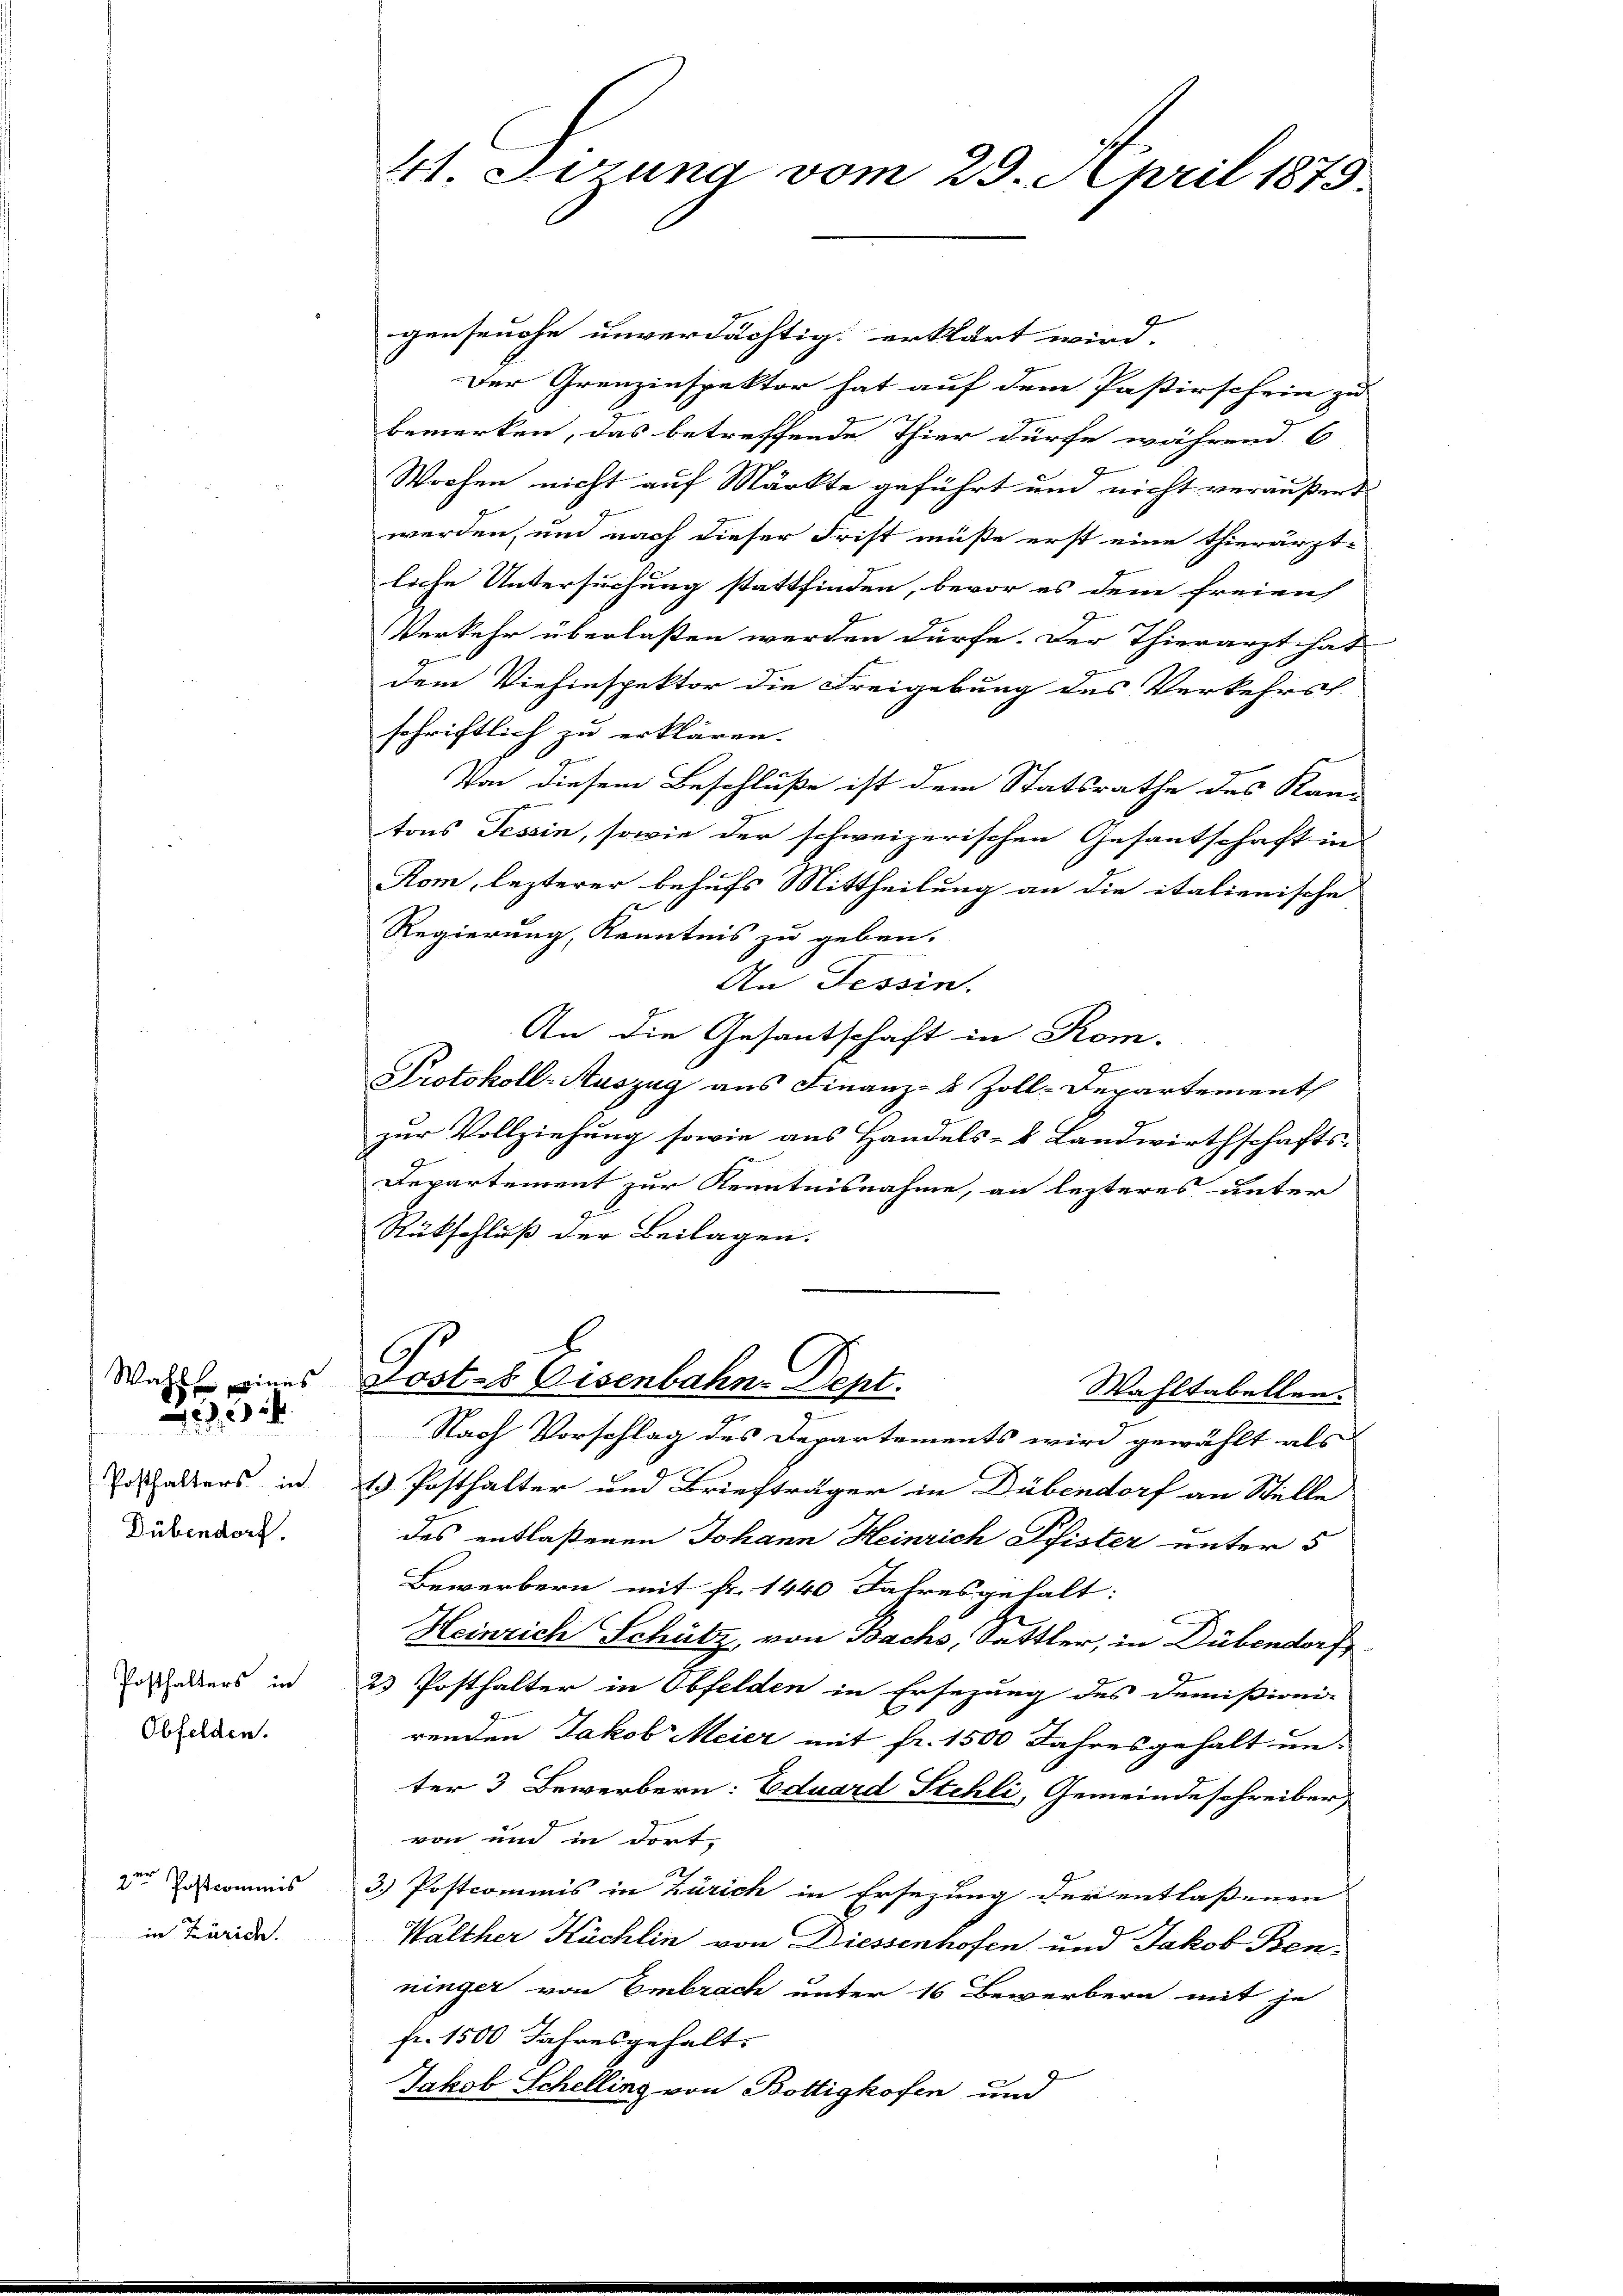
Posthalters in
Dübendorf.

223.

Posthalters in
Obfelden.

2ter Postcommis
in Zürich.

41. Leung vom 29. April 1875.

genseuche unverdächtig erklärt wird.
Der Grenzinspektor hat auf dem Pastirschein zu
bemerken, das betreffende Thier dürfe während. C
Wochen nicht auf Märkte geführt und nicht veräußert
werden, und nach dieser Frist müße erst eine thierärzt-
liche Untersuchung stattfinden, bevor es dem freien
Verkehr überlaßen werden dürfe. Der Thierarzt hat
dem Viehinspektor die Freigebung des Verkehrst.
schriftlich zu erklären.
Von diesem Beschluße ist dem Statsrathe des Kan-
tons Tessin, sowie der schweizerischen Gesantschaft in
Rom, lezterer behufs Mittheilung an die italienische
Regierung, Kenntnis zu geben.
An Tessin.
An die Gesantschaft in Kom-
Protokoll-Auszug aus Finanz- 8 Zoll-Departement
zur Vollziehung sowie aus Handels- & Landwirthschafts-
Departement zur Kenntnisnahme, an lezteres unter
Rückschluß der Beilagen.
War eines Posts Eisenbahn-Dept.
Wahltabellen.
Nach Vorschlag des Departements wird gewählt als
1) Posthalter und Briefträger in Dübendorf an Stelle
des entlaßenen Johann Heinrich Pfister unter 5
Bewerbern mit fr. 1440 Jahresgehalt:
Heinrich Schütz, von Bachs, Sattler, in Dübendorf
2 Posthalter in Obfelden in Ersezung des Demissioni-
renden Jakob Meier mit fr. 1500 Jahresgehalt un-
ter 3 Bewerbern: Eduard Stehli, Gemeindeschreiber
von und in dort,
2
3.) Postcommis in Zürich in Ersezung der entlassenen
Walther Küchlin von Diessenhofen und Jakob Benninger von Embrach unter 16 Bewerbern mit je
fr. 1500 Jahresgehalt.
Jakob Schelling von Bottigkofen und